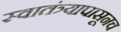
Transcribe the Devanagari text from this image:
स्वातंत्र्यापासूनच